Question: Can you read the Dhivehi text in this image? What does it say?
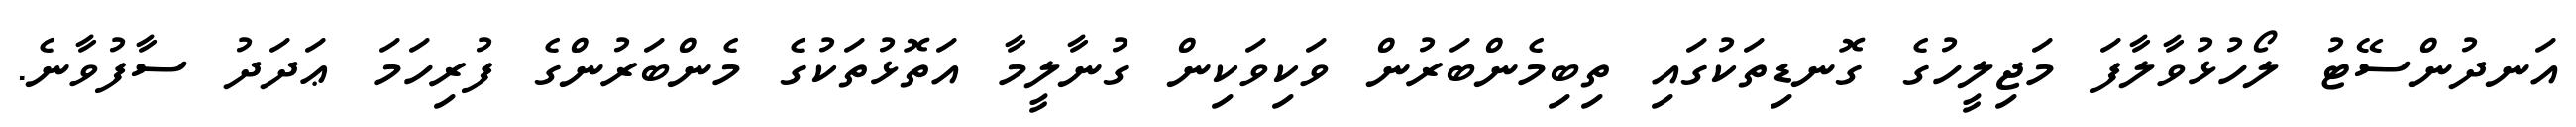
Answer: އަނދުންސޭޓު ލޯހުޅުވާލާފަ މަޖިލީހުގެ ގޮނޑިތަކުގައި ތިބިމެންބަރުން ވަކިވަކިން ގުނާލީމާ އަތޮޅުތަކުގެ މެންބަރުންގެ ފުރިހަމަ ޢަދަދު ސާފުވާނެ.